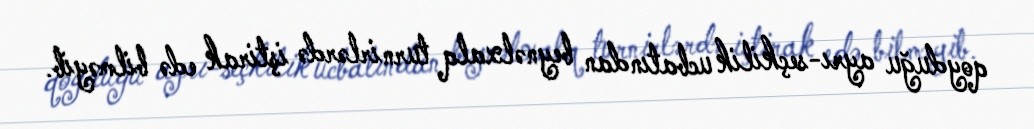
qoyduğu ayrı-seçkilik ucbatından beynəlxalq turnirlərdə iştirak edə bilməyib.